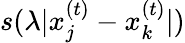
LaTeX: s(\lambda|x_{j}^{(t)}-x_{k}^{(t)}|)